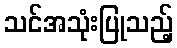
သင်အသုံးပြုသည့်